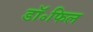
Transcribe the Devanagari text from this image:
डॉ॰फिल